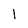
Character: 1